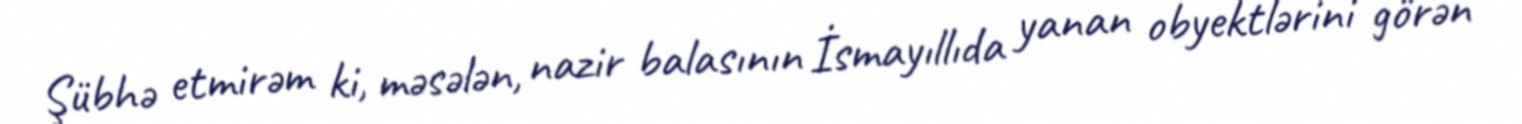
Şübhə etmirəm ki, məsələn, nazir balasının İsmayıllıda yanan obyektlərini görən